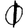
Digit: 0